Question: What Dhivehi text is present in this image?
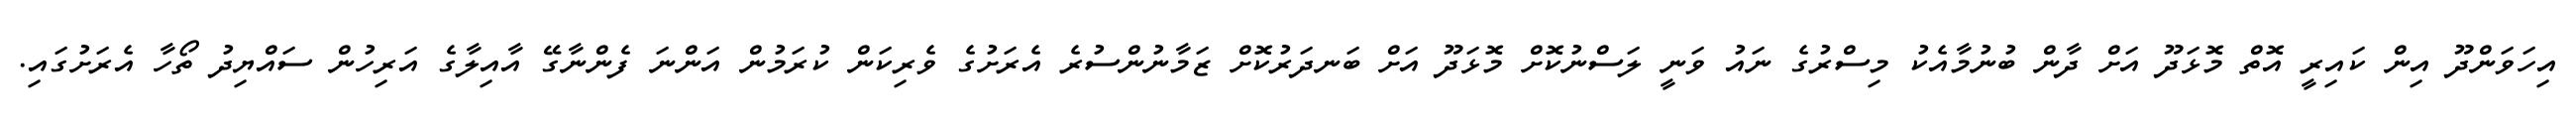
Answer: އިހަވަންދޫ އިން ކައިރީ އޮތް މޮޅަދޫ އަށް ދާން ބުނުމާއެކު މިސްރުގެ ނައު ވަނީ ލަސްނުކޮށް މޮޅަދޫ އަށް ބަނދަރުކޮށް ޒަމާނުންސުރެ އެރަށުގެ ވެރިކަން ކުރަމުން އަންނަ ފެންނާގޭ އާއިލާގެ އަރިހުން ސައްޔިދު ތޯހާ އެރަށުގައި.